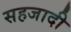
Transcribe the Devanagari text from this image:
सहजादी